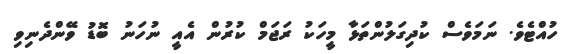
ހުއްޓެވެ. ނަމަވެސް ކުދިގަލުންތަޅާ މީހަކު ރަޖަމް ކުރުން އެއީ ނުހަނު ބޮޑު ވޭންދެނިވި